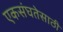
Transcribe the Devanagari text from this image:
एकसंघतेसाठी